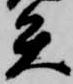
矢